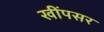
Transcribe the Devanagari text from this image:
खींपसर